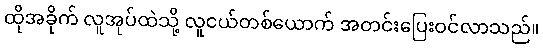
ထိုအခိုက် လူအုပ်ထဲသို့ လူငယ်တစ်ယောက် အတင်းပြေးဝင်လာသည်။